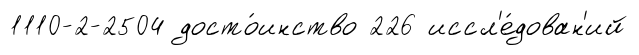
1110-2-2504 досто́инство 226 иссл'е́дован'ий